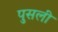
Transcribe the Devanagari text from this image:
पुसली